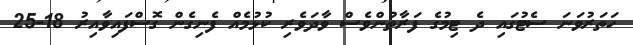
ހަތަރުވަނަ ސެޓުގައި ދެ ޓިމުގެ ފަރާތުންވެސް ވާދަވެރި ކުޅުމެއް ފެނިގެން ގޮސްފައިވާއިރު 18-25